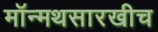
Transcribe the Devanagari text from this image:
मॉन्मथसारखीच